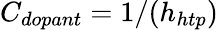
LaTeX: C_{dopant}=1/(h_{htp})